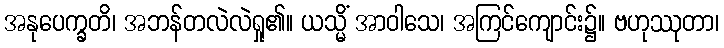
အနုပေက္ခတိ၊ အဘန်တလဲလဲရှု၏။ ယသ္မိံ အာဝါသေ၊ အကြင်ကျောင်း၌။ ဗဟုဿုတာ၊